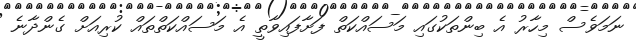
ނަމަވެސް މިހާރު އެ ބިންތަކުގައި މަސައްކަތް ފަށާފައިވާތީ އެ މަސައްކަތްތައް ކުރިއަށް ގެންދާނެ